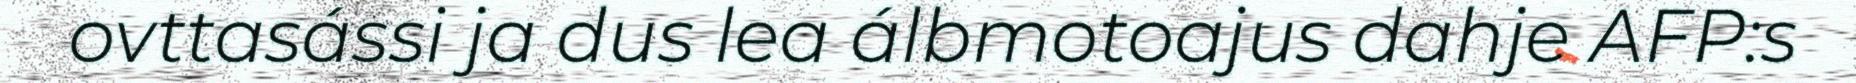
ovttasássi ja dus lea álbmotoajus dahje AFP:s